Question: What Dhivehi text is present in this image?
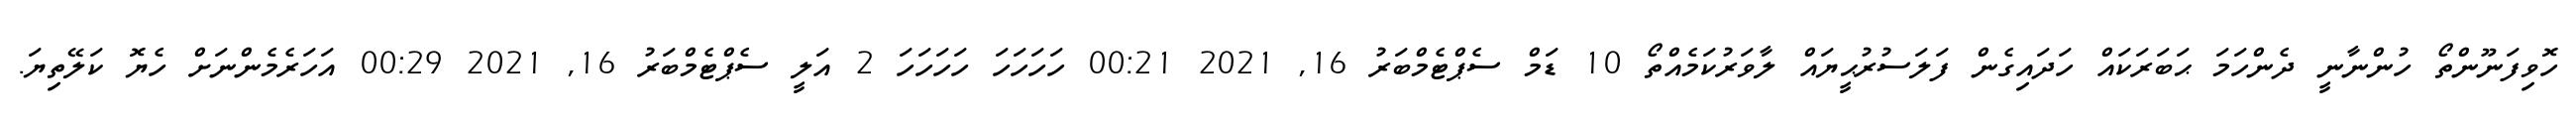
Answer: ހޮވިފަނޫންތޯ ހުންނާނީ ދެންހަމަ ޙަބަރަކައް ހަދައިގެން ފަލަސުރުޙީޔައް ލާވަރުކަމެއްތޯ 10 ޑަމް ސެޕްޓެމްބަރު 16, 2021 00:21 ހަހަހަހަ ހަހަހަހަ 2 އަލީ ސެޕްޓެމްބަރު 16, 2021 00:29 އަހަރެމެންނަށް ހެޔޮ ކަލޭތިޔަ.